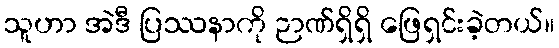
သူဟာ အဲဒီ ပြဿနာကို ဉာဏ်ရှိရှိ ဖြေရှင်းခဲ့တယ်။